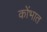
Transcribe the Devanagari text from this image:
कोंभात